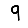
Digit: 9